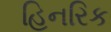
હિનરિક